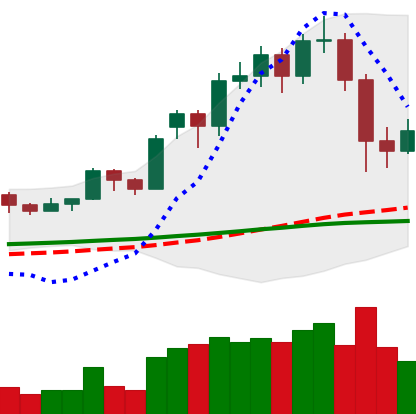
Ticker: LTC-USD
Chart end date: 2020-11-28
Forward return: 22.569%
Label: up_7plus